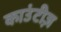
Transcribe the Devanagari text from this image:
काउंटीज़